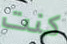
كنت